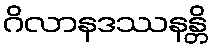
ဂိလာနဒဿနန္တိ